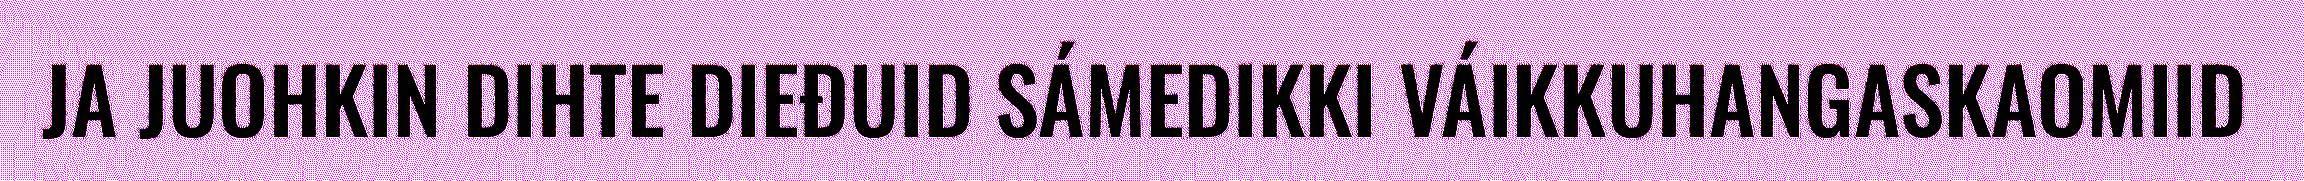
JA JUOHKIN DIHTE DIEĐUID SÁMEDIKKI VÁIKKUHANGASKAOMIID